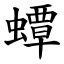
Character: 蟫